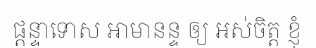
ផ្តន្ទាទោស អាមានន្ទ ឲ្យ អស់ចិត្ត ខ្ញុំ